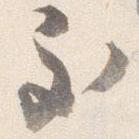
至